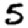
Digit: 5